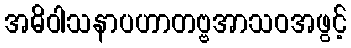
အဓိဝါသနာပဟာတဗ္ဗအာသဝအဖွင့်